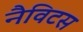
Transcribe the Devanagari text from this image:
नैविटस